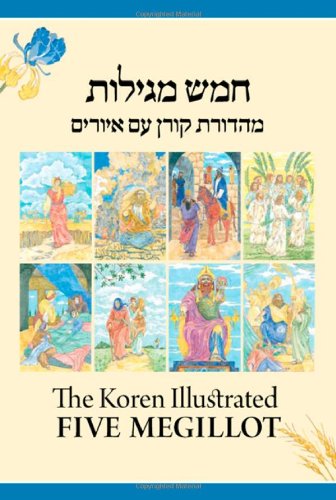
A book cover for The Koren Illustrated Five Megillot Hebrew/ English (Hebrew Edition); Koren Publishers Jerusalem; Religion & Spirituality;